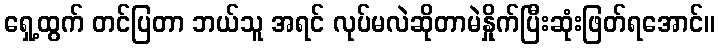
ရှေ့ထွက် တင်ပြတာ ဘယ်သူ အရင် လုပ်မလဲဆိုတာမဲနှိုက်ပြီးဆုံးဖြတ်ရအောင်။